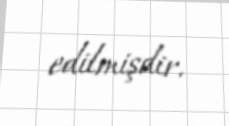
edilmişdir.